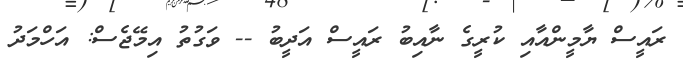
ރައީސް ޔާމީންއާއި ކުރީގެ ނާއިބު ރައީސް އަދީބު -- ވަގުތު އިމޭޖެސް: އަހްމަދު